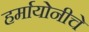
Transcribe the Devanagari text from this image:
हर्मायोनीचे